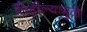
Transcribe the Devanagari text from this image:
लिहील्यामुळे